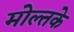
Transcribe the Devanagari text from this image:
मोल्तके